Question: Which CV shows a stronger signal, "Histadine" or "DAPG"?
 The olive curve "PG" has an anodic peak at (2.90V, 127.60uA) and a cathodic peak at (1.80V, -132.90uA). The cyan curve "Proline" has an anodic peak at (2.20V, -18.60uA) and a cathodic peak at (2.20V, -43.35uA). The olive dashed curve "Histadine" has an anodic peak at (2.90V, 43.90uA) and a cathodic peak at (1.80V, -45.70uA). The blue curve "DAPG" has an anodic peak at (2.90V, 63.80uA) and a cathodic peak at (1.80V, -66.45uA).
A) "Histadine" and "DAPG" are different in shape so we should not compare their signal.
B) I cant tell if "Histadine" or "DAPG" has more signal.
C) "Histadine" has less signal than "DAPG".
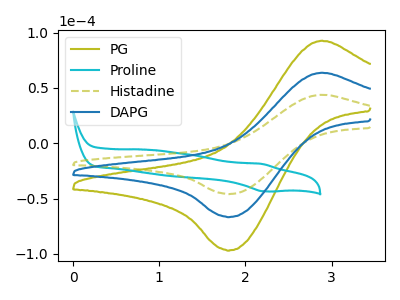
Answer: <think>All the peaks in "Histadine" have a peak in "DAPG" at the same potential. Every peak in "Histadine" is lower than every peak in "DAPG".
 </think>
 <answer>C) "Histadine" has less signal than "DAPG".</answer>
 <eval>C</eval>